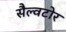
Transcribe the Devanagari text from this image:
सैल्वटोर